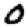
Digit: 0